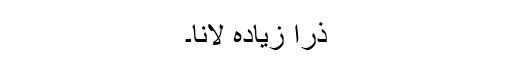
ذرا زیادہ لانا۔